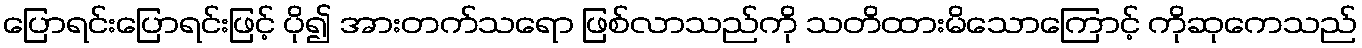
ပြောရင်းပြောရင်းဖြင့် ပို၍ အားတက်သရော ဖြစ်လာသည်ကို သတိထားမိသောကြောင့် ကိုဆုကေသည်